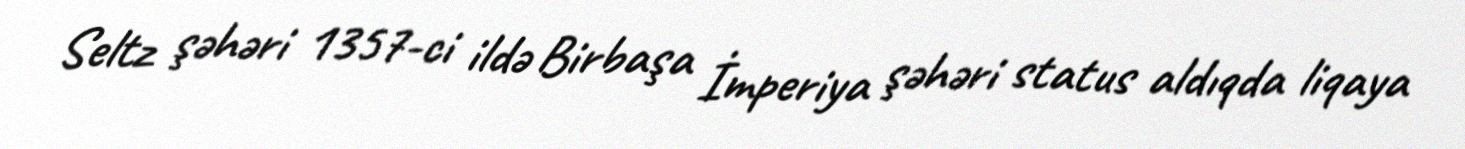
Seltz şəhəri 1357-ci ildə Birbaşa İmperiya şəhəri status aldıqda liqaya